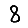
Digit: 8